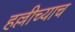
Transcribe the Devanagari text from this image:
हल्लीच्याच